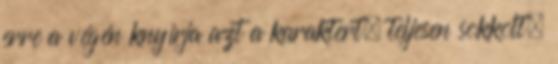
erre a végén knyírja azt a karaktert, teljesen sokkolt.